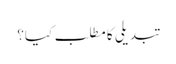
تبدیلی کا مطلب کیا؟